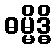
ဓမ္မိဒ္ဓိ